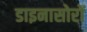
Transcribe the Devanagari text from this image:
डाइनासोरों